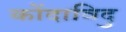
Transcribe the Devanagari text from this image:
कोंदाविदु